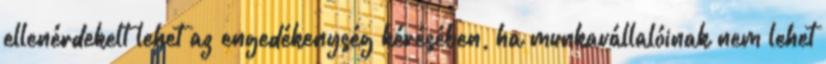
ellenérdekelt lehet az engedékenység kérésében, ha munkavállalóinak nem lehet